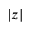
| z |